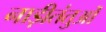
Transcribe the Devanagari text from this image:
नाड़ीतंतुओं